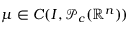
\mu \in C ( I , \mathcal P _ { c } ( \mathbb { R } ^ { n } ) )